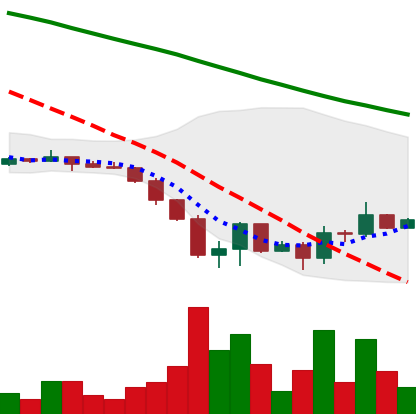
Ticker: DOGE-USD
Chart end date: 2022-06-23
Forward return: 3.006%
Label: up_3_5